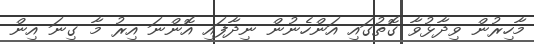
މާހިރުން ވިދާޅުވާ ގޮތުގައި އަންހެނުން ނިދާފައި އޮންނަ އިރު މާ ގިނަ އިން